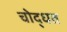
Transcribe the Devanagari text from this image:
चोद्धत